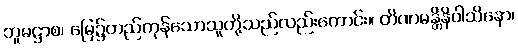
ဘူမဋ္ဌာစ၊ မြေ၌တည်ကုန်သောသူတို့သည်လည်းကောင်း။ တိဏမန္တိနိဝါသိနော၊